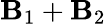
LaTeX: \mathbf{B}_{1}+\mathbf{B}_{2}